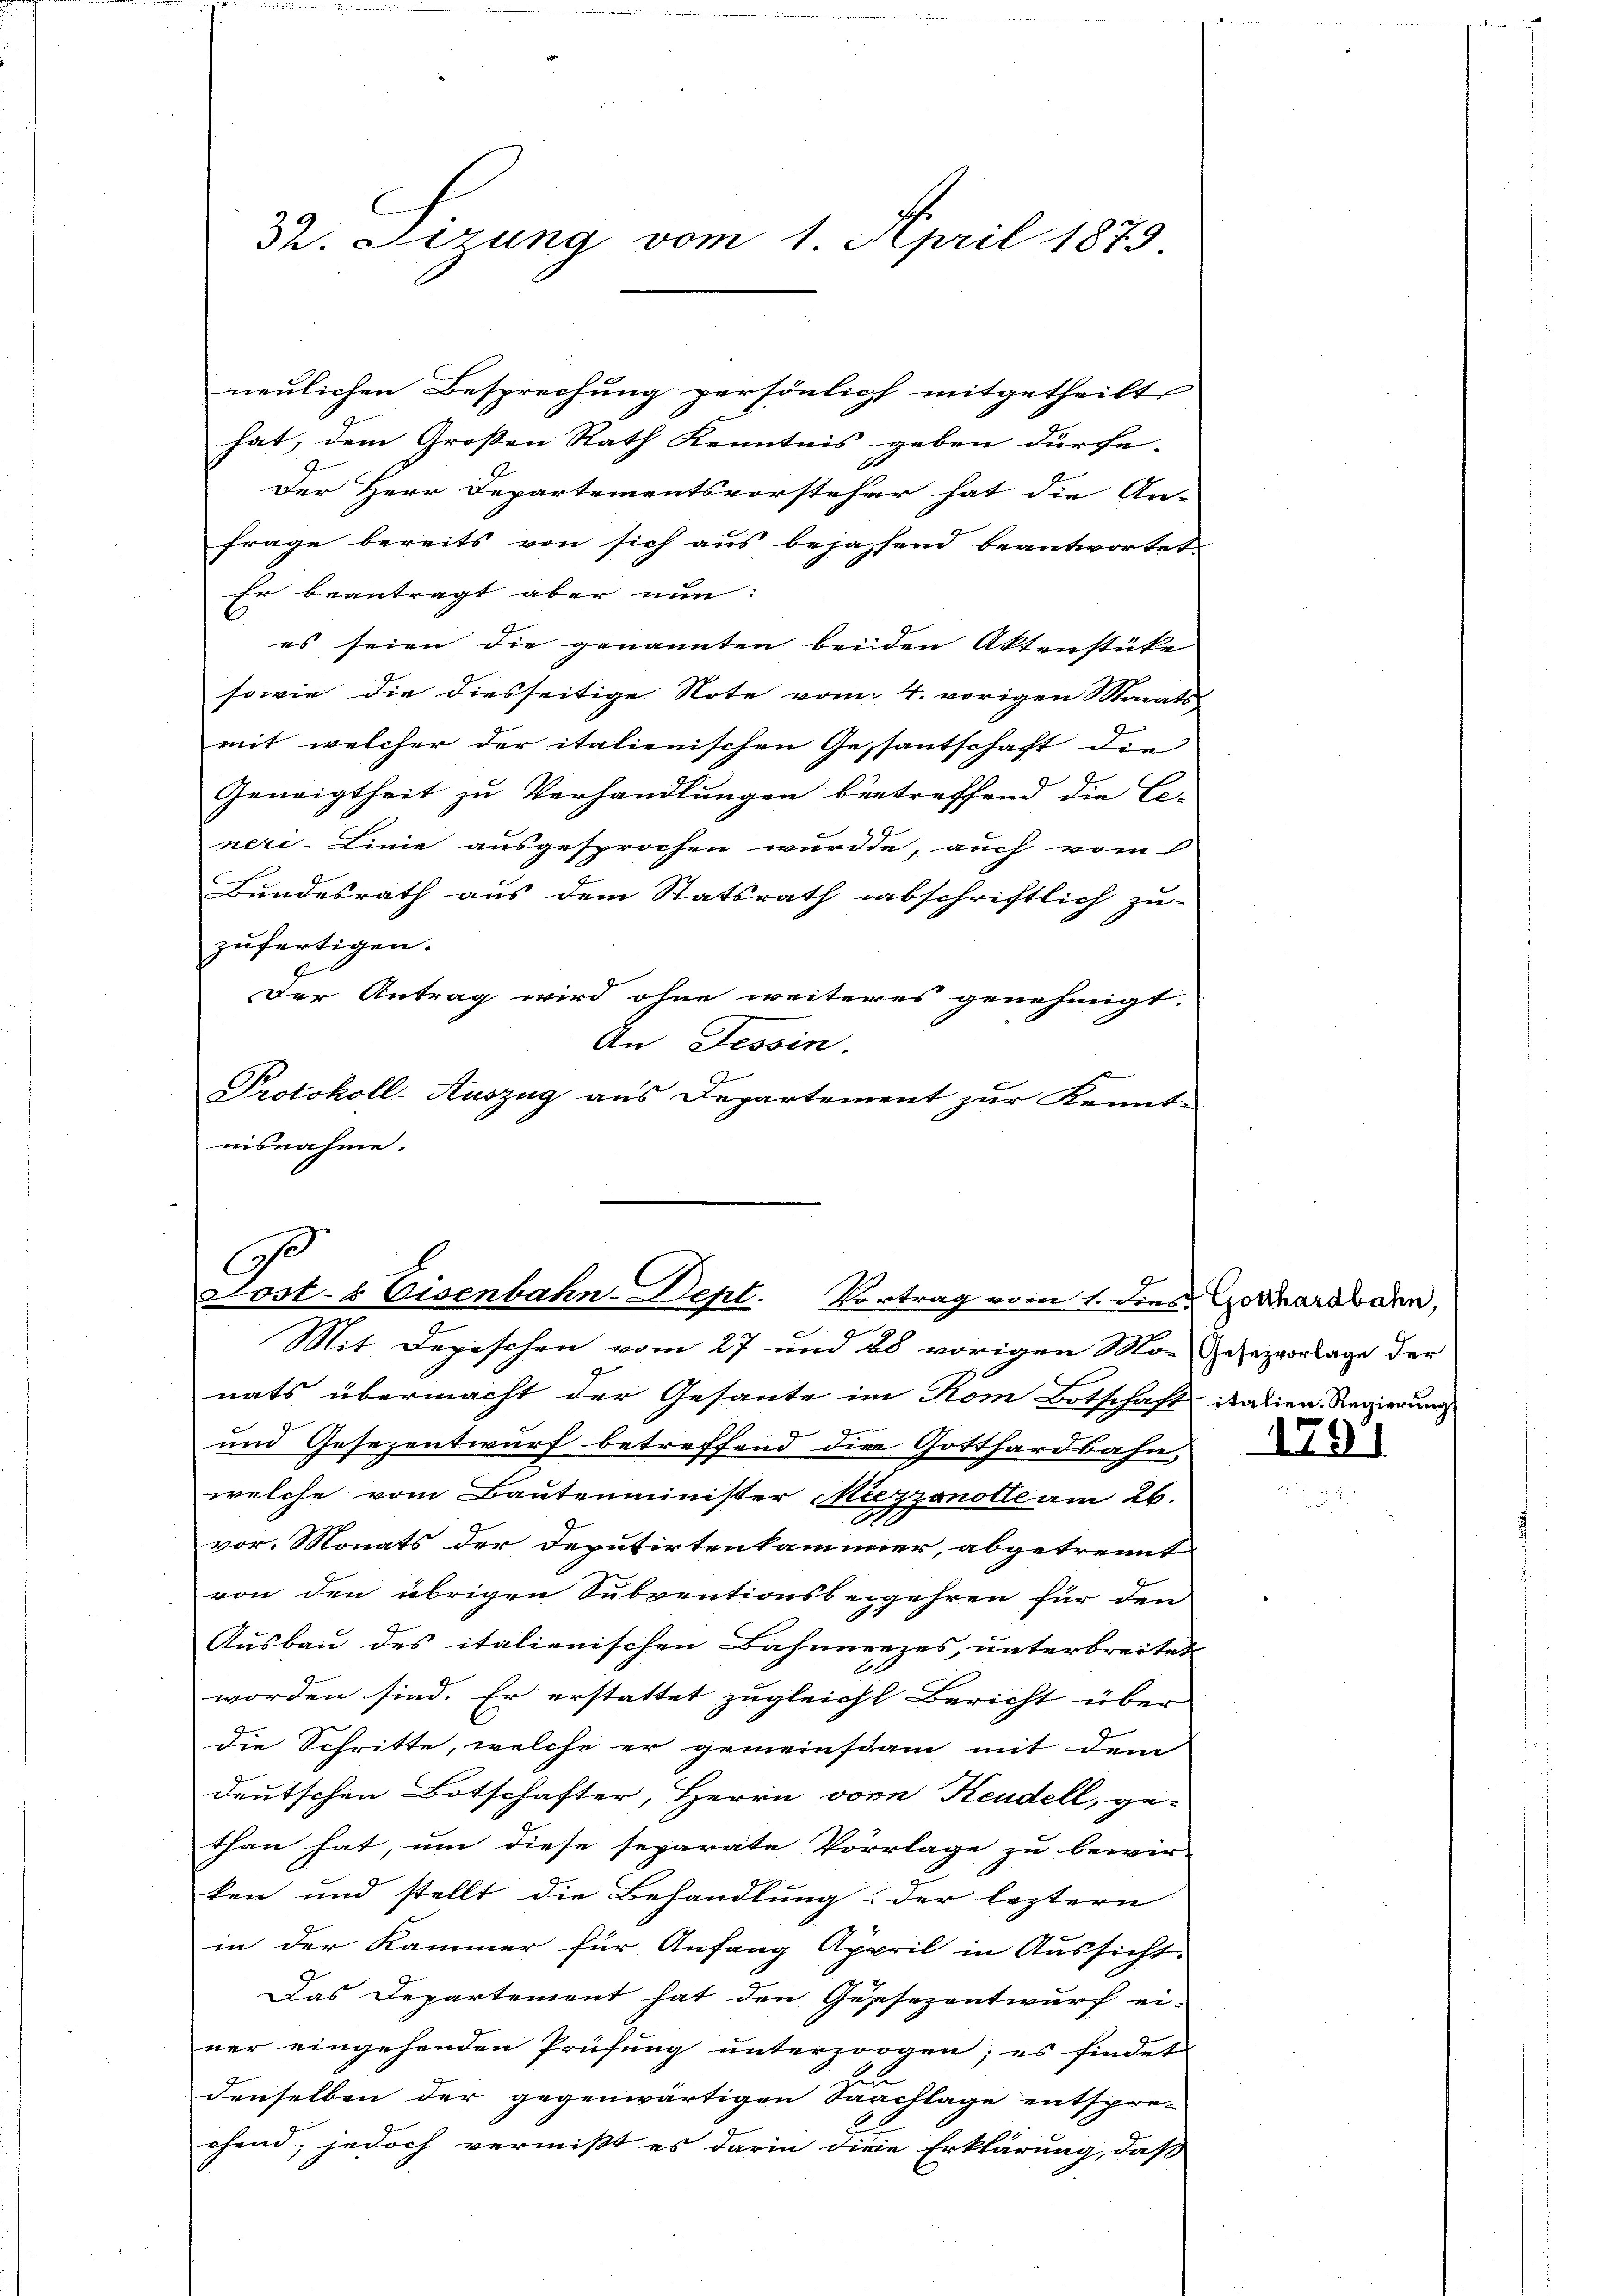
32. Lizung vom 1. April 1873.

neulichen Besprechung persönlicht mitgetheilt,
hat, dem Grossen Rath Kenntnis geben dürfe. |
Der Herr Departementsvorsteher hat die An-
frage bereits von sich aus bejahend beantwortet.
Er beantragt aber nun:
es seien die genannten beiden Aktenstüke
sowie die diesseitige Note vom 4. vorigen Morats
mit, welcher der italienischen Gesantschaft die
Geneigtheit zu Verhandlungen betreffend die Le-
neri-Linie ausgesprochen wurde, auch vom
Bundesrath aus dem Statsrath abschriftlich zu-
zufertigen.
Der Antrag wird ohne weiteres genehmigt.
An Tessin.
Protokoll-Auszug aus Departement zur Kennt-
nisnahme.

C
Lost- & Eisenbahn-Dept. Vortrag vom 1. dies Gothardboden,
Mit Depeschen vom 27 und 28 vorigen Morgesezvorlage der

nats übermacht der Gesante im Rom Botschaft italien. Regierung
e
und Gesezentwurf betreffend die Gotthardbahn,
welche vom Bautenminister Miezzonolle am 26.
vor. Monats der Deputirtenkammer, abgetrennt
von den übrigen Subventionsbegehren für den
Ausbau des italienischen Bahnnerzes, unterbreitet
worden sind. Er erstattet zugleicht Bericht über
die Schritte, welche er gemeinsam mit dem
deutschen Botschafter, Herrn vor Keudell, ge-
than hat, um diese separate Vorlage zu bewir-
ken und stellt die Behandlung: der leztern
in der Kammer für Anfang Appril in Aussicht.
Das Departement hat den Geschezentwurf ei-
ner eingehenden Prüfung unterzogen; es findet
fun
denselben der gegenwärtigen Saachlage entspre-
chend, jedoch vermißt es darin dieie Erklärung, daß

1791